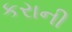
કરાની